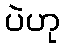
ပဲဟု